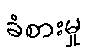
ခံစားမှု